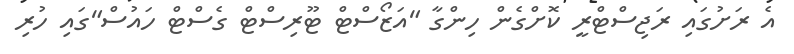
އެ ރަށުގައި ރަޖިސްޓްރީ ކޮށްގެން ހިންގާ "އަޒޯސްޓް ޓޫރިސްޓް ގެސްޓް ހައުސް"ގައި ހުރި